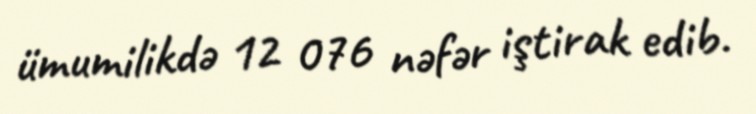
ümumilikdə 12 076 nəfər iştirak edib.